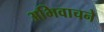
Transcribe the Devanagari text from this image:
अभिवाचने